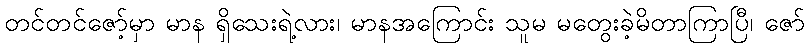
တင်တင်ဇော့်မှာ မာန ရှိသေးရဲ့လား၊ မာနအကြောင်း သူမ မတွေးခဲ့မိတာကြာပြီ၊ ဇော်